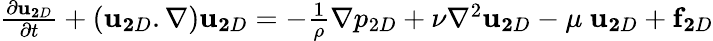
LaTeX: \begin{array}{r}{\frac{\partial{\mathbf u}_{\mathbf 2D}}{\partial t}+({\mathbf u}_{\mathbf 2D}.{\mathbf\nabla}){\mathbf u}_{\mathbf 2D}=-\frac{1}{\rho}{\mathbf\nabla}p_{2D}+\nu\nabla^{2}{\mathbf u}_{\mathbf 2D}-\mu\ {\mathbf u}_{\mathbf 2D}+{\mathbf f}_{\mathbf 2D}}\end{array}